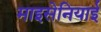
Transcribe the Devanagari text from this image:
माइसेनियाई